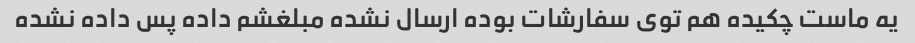
یه ماست چکیده هم توی سفارشات بوده ارسال نشده مبلغشم داده پس داده نشده